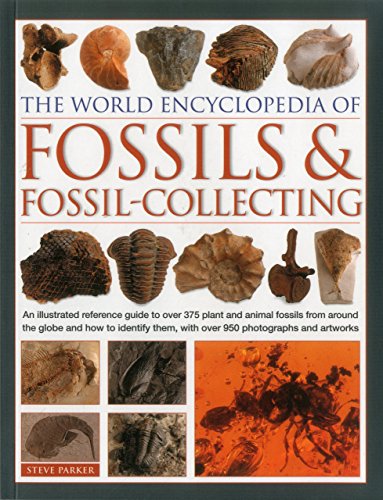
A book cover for The World Encyclopedia of Fossils & Fossil-Collecting:: An Illustrated Reference Guide To Over 375 Plant And Animal Fossils From Around The Globe And ... Them, With Over 950 Photographs And Artworks; Steve Parker; Science & Math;